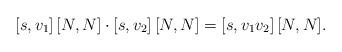
LaTeX: \begin{align*}[s,v_1]\, [N,N] \cdot [s,v_2]\,[N,N]=[s,v_1v_2]\,[N,N].\end{align*}